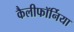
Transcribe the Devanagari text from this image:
कैलीफॉर्निया